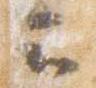
云